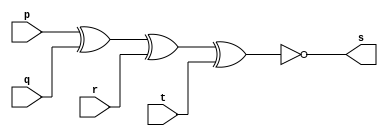
// ---------------------
// Guia 01_03 - XNOR
// Nome: Heitor Terozendi
// ---------------------

// ---------------------
// -- xnor gate
// ---------------------

module xnorgate (s, p, q , r, t);
 output s;
 input  p, q, r, t;

 assign s = ~(p ^ q ^ r ^ t);

endmodule // xnorgate

// ---------------------
// -- test xnor gate
// ---------------------

module testxnorgate;
 reg   a, b, c, d;             
 wire  s;
          // instancia
 xnorgate XNOR1 (s, a, b, c, d);

 initial begin:start
      a=0; b=0; c=0; d=0;
 end

          // parte principal
 initial begin:main
      $display("Guia 01_03 - Heitor Terozendi - 396698");
      $display("Test XNOR gate");
      $display("\n-(a ^ b ^ c ^ d)= s\n");
      a=0; b=0; c=0; d=0;  
 #1   $display("~(%b ^ %b ^ %b ^ %b) = %b", a, b, c, d, s);
      a=0; b=0; c=0; d=1;  
 #1   $display("~(%b ^ %b ^ %b ^ %b) = %b", a, b, c, d, s);
      a=0; b=0; c=1; d=0;  
 #1   $display("~(%b ^ %b ^ %b ^ %b) = %b", a, b, c, d, s);
      a=0; b=0; c=1; d=1;  
 #1   $display("~(%b ^ %b ^ %b ^ %b) = %b", a, b, c, d, s);
      a=0; b=1; c=0; d=0;  
 #1   $display("~(%b ^ %b ^ %b ^ %b) = %b", a, b, c, d, s);
      a=0; b=1; c=0; d=1;  
 #1   $display("~(%b ^ %b ^ %b ^ %b) = %b", a, b, c, d, s);
      a=0; b=1; c=1; d=0;  
 #1   $display("~(%b ^ %b ^ %b ^ %b) = %b", a, b, c, d, s);
      a=0; b=1; c=1; d=1;  
 #1   $display("~(%b ^ %b ^ %b ^ %b) = %b", a, b, c, d, s);
      a=1; b=0; c=0; d=0;  
 #1   $display("~(%b ^ %b ^ %b ^ %b) = %b", a, b, c, d, s);
      a=1; b=0; c=0; d=1;  
 #1   $display("~(%b ^ %b ^ %b ^ %b) = %b", a, b, c, d, s);
      a=1; b=0; c=1; d=0;  
 #1   $display("~(%b ^ %b ^ %b ^ %b) = %b", a, b, c, d, s);
      a=1; b=0; c=1; d=1;  
 #1   $display("~(%b ^ %b ^ %b ^ %b) = %b", a, b, c, d, s);
      a=1; b=1; c=0; d=0;  
 #1   $display("~(%b ^ %b ^ %b ^ %b) = %b", a, b, c, d, s);
      a=1; b=1; c=0; d=1;  
 #1   $display("~(%b ^ %b ^ %b ^ %b) = %b", a, b, c, d, s);
      a=1; b=1; c=1; d=0;  
 #1   $display("~(%b ^ %b ^ %b ^ %b) = %b", a, b, c, d, s);
      a=1; b=1; c=1; d=1;  
 #1   $display("~(%b ^ %b ^ %b ^ %b) = %b", a, b, c, d, s);
 end

endmodule // testxnorgate